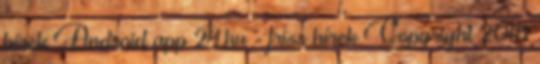
hírek Android app 24.hu - friss hírek Copyright 2018